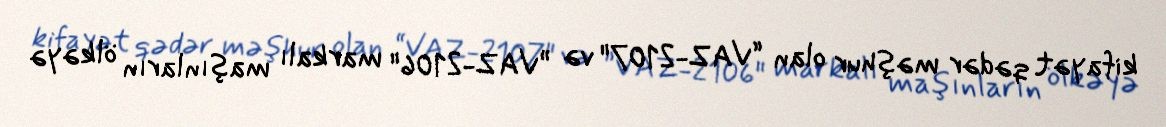
kifayət qədər məşhur olan “VAZ-2107" və ”VAZ-2106" markalı maşınların ölkəyə